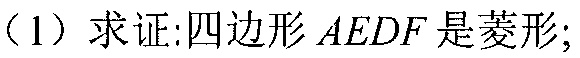
（1）求证:四边形\(AEDF\)是菱形;